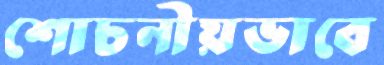
শোচনীয়ভাবে